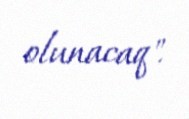
olunacaq".